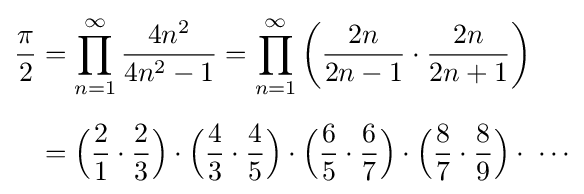
{\begin{aligned}{\frac {\pi }{2}}&=\prod _{n=1}^{\infty }{\frac {4n^{2}}{4n^{2}-1}}=\prod _{n=1}^{\infty }\left({\frac {2n}{2n-1}}\cdot {\frac {2n}{2n+1}}\right)\\[6pt]&={\Big (}{\frac {2}{1}}\cdot {\frac {2}{3}}{\Big )}\cdot {\Big (}{\frac {4}{3}}\cdot {\frac {4}{5}}{\Big )}\cdot {\Big (}{\frac {6}{5}}\cdot {\frac {6}{7}}{\Big )}\cdot {\Big (}{\frac {8}{7}}\cdot {\frac {8}{9}}{\Big )}\cdot \;\cdots \\\end{aligned}}